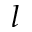
l